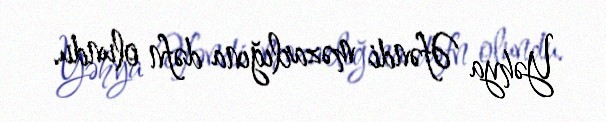
Yəhya Əfəndi məzarlığına dəfn olundu.